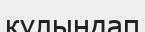
кұлындап